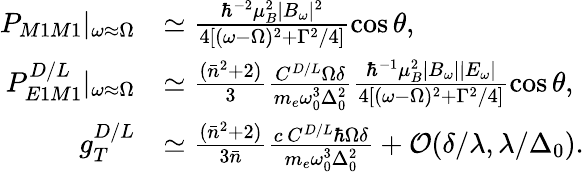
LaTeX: \begin{array}{rl}{P_{M1M1}|_{\omega\approx\Omega}}&{\simeq\frac{\hbar^{-2}\mu_{B}^{2}|B_{\omega}|^{2}}{4[(\omega-\Omega)^{2}+\Gamma^{2}/4]}\cos{\theta},}\\ {P_{E1M1}^{D/L}|_{\omega\approx\Omega}}&{\simeq\frac{(\bar{n}^{2}+2)}{3}\frac{C^{D/L}\Omega\delta}{m_{e}\omega_{0}^{3}\Delta_{0}^{2}}\frac{\hbar^{-1}\mu_{B}^{2}|B_{\omega}||E_{\omega}|}{4[(\omega-\Omega)^{2}+\Gamma^{2}/4]}\cos{\theta},}\\ {g_{T}^{D/L}}&{\simeq\frac{(\bar{n}^{2}+2)}{3\bar{n}}\frac{c\, C^{D/L}\hbar\Omega\delta}{m_{e}\omega_{0}^{3}\Delta_{0}^{2}}+\mathcal{O}(\delta/\lambda,\lambda/\Delta_{0}).}\end{array}